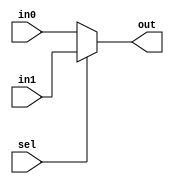
module Mux2to1_16bit ( out, in0, in1, sel );
  output [15:0] out;
  input  [15:0] in0, in1;
  input         sel;

  assign  out = sel ? in1 : in0;

endmodule